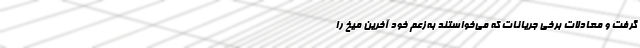
گرفت و معادلات برخی جریانات که می‌خواستند به‌زعم خود آخرین میخ را